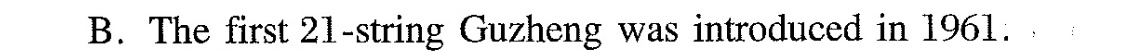
B.The first 21-string Guzheng was introduced in 1961.